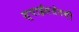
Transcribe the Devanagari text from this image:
स्पाईसजेटची